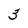
Character: 3